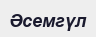
Әсемгүл